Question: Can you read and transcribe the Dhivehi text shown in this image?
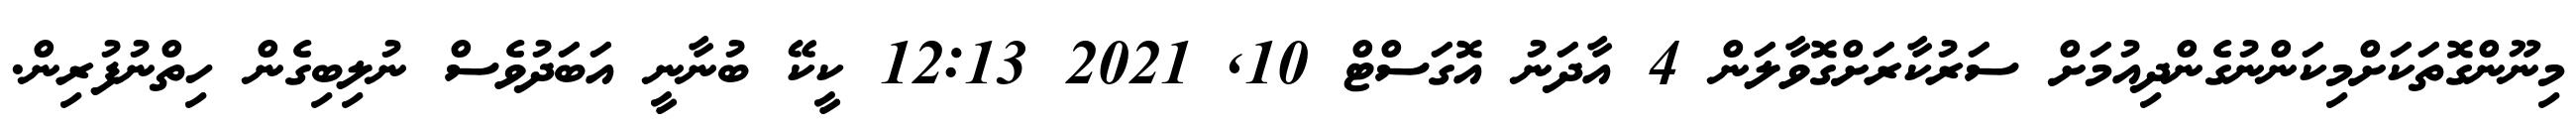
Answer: މިނޫންގޮތަކަށްމިކަންނުގެންދިއުމަށް ސަރުކާރަށްގޮވާލަން 4 އާދަނު އޮގަސްޓް 10, 2021 12:13 ކީކޭ ބުނާނީ އަބަދުވެސް ނުލިބިގެން ހިތްނުފުރިން.